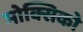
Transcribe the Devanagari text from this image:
मोक्सिको